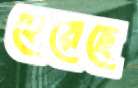
হেয়েছে